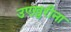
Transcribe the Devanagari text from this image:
उएख़ुरीना